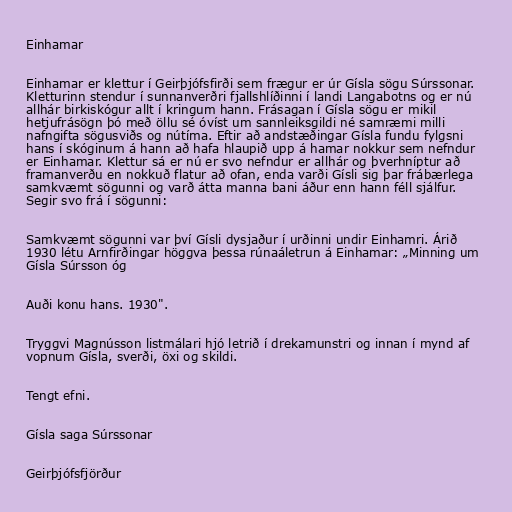
Einhamar

Einhamar er klettur í Geirþjófsfirði sem frægur er úr Gísla sögu Súrssonar.
Kletturinn stendur í sunnanverðri fjallshlíðinni í landi Langabotns og er nú
allhár birkiskógur allt í kringum hann. Frásagan í Gísla sögu er mikil
hetjufrásögn þó með öllu sé óvíst um sannleiksgildi né samræmi milli
nafngifta sögusviðs og nútíma. Eftir að andstæðingar Gísla fundu fylgsni
hans í skóginum á hann að hafa hlaupið upp á hamar nokkur sem nefndur
er Einhamar. Klettur sá er nú er svo nefndur er allhár og þverhníptur að
framanverðu en nokkuð flatur að ofan, enda varði Gísli sig þar frábærlega
samkvæmt sögunni og varð átta manna bani áður enn hann féll sjálfur.
Segir svo frá í sögunni:

Samkvæmt sögunni var því Gísli dysjaður í urðinni undir Einhamri. Árið
1930 létu Arnfirðingar höggva þessa rúnaáletrun á Einhamar: „Minning um
Gísla Súrsson óg

Auði konu hans. 1930".

Tryggvi Magnússon listmálari hjó letrið í drekamunstri og innan í mynd af
vopnum Gísla, sverði, öxi og skildi.

Tengt efni.

Gísla saga Súrssonar

Geirþjófsfjörður